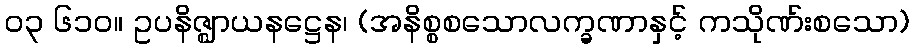
၀၃ ၆၁၀။ ဥပနိဇ္ဈာယနဋ္ဌေန၊ (အနိစ္စစသောလက္ခဏာနှင့် ကသိုဏ်းစသော)